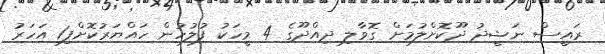
ރައީސް ނަޝީދު ދޫކޮށްލުމަށް ގޮވާލި ދިއްދޫގެ 4 މީހަކު ފުލުހުން ހައްޔަރުކޮށްފި1 އަހަރު